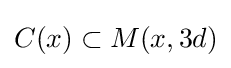
C(x)\subset M(x,3d)